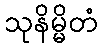
သုနိမ္မိတံ